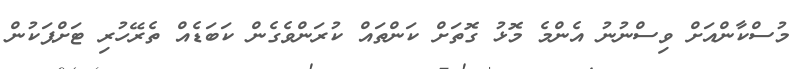
މުސްކާންއަށް ވިސްނުނު އެންމެ މޮޅު ގޮތަށް ކަންތައް ކުރަންވެގެން ކަބަޑެއް ތެރޭހުރި ޓަށްޕަކުން